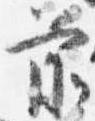
前